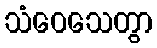
သံဝေသေတွာ